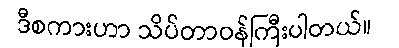
ဒီစကားဟာ သိပ်တာဝန်ကြီးပါတယ်။